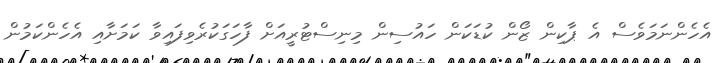
އެހެންނަމަވެސް އެ ޕާކިން ޒޯން ކުޑަކަން ހައުސިން މިނިސްޓުރީއަށް ފާހަގަކުރެވިފައިވާ ކަމަށާއި އެހެންކަމުން